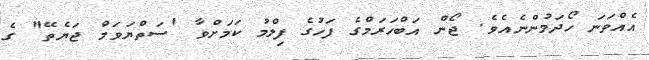
އެއްވަނަ ހޯދަމުންނެއެވެ. ޖޯން އަބްހަރަމްގެ ފަހުގެ ފިލްމު ކަމަށްވާ 'ސަތްޔަވަމް ޖަޔެތޭ" ގެ